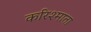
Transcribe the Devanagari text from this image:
करिश्माता